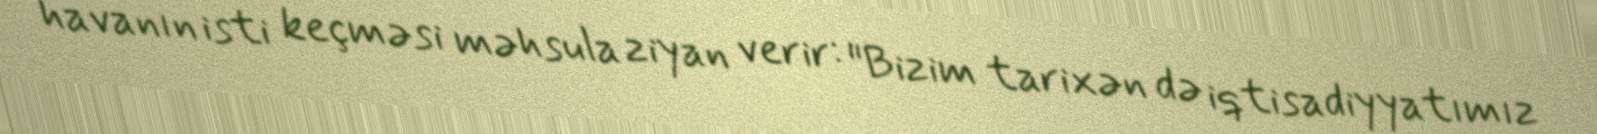
havanın isti keçməsi məhsula ziyan verir: "Bizim tarixən də iqtisadiyyatımız